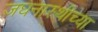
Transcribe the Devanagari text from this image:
जघनास्थीच्या